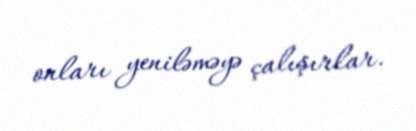
onları yeniləməyə çalışırlar.